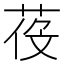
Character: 𦲴